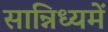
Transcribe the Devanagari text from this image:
सान्निध्‍यमें